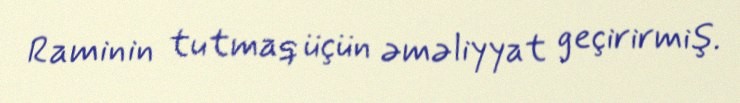
Raminin tutmaq üçün əməliyyat geçirirmiş.